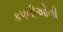
કપનીઓની